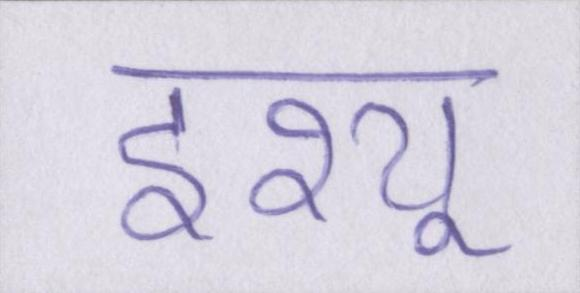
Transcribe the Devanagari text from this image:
इश्यू